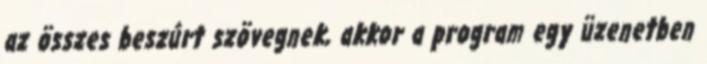
az összes beszúrt szövegnek, akkor a program egy üzenetben